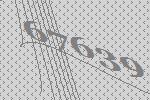
67639